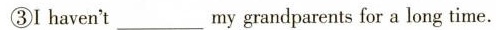
③I haven't ___ my grandparents for a long time.